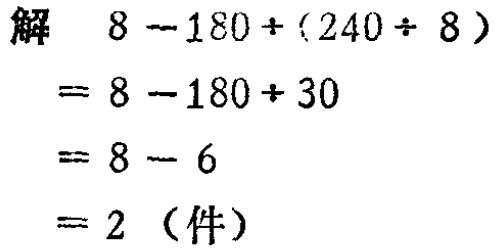
解
\[
\begin{align*}
&8 - 180\div(240\div 8)\\
=&8 - 180\div 30\\
=&8 - 6\\
=&2 \text{（件）}
\end{align*}
\]